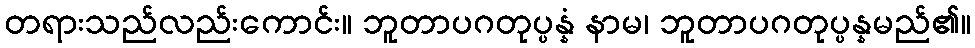
တရားသည်လည်းကောင်း။ ဘူတာပဂတုပ္ပန္နံ နာမ၊ ဘူတာပဂတုပ္ပန္နမည်၏။